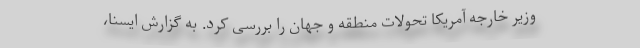
وزیر خارجه آمریکا تحولات منطقه و جهان را بررسی کرد. به گزارش ایسنا،